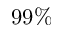
9 9 \%